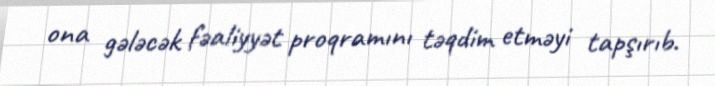
ona gələcək fəaliyyət proqramını təqdim etməyi tapşırıb.